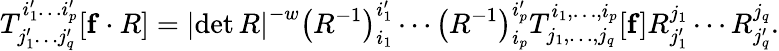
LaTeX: T_{j_{1}^{\prime}\dots j_{q}^{\prime}}^{i_{1}^{\prime}\dots i_{p}^{\prime}}[\mathbf{f}\cdot R]=\left|\operatorname*{det}R\right|^{-w}\left(R^{-1}\right)_{i_{1}}^{i_{1}^{\prime}}\cdots\left(R^{-1}\right)_{i_{p}}^{i_{p}^{\prime}}T_{j_{1},\ldots,j_{q}}^{i_{1},\ldots,i_{p}}[\mathbf{f}]R_{j_{1}^{\prime}}^{j_{1}}\cdots R_{j_{q}^{\prime}}^{j_{q}}.